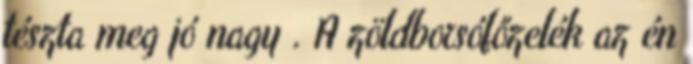
tészta meg jó nagy . A zöldborsófőzelék az én